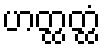
ဟတ္ထတ္ထံ